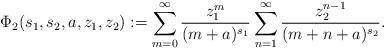
LaTeX: \begin{align*}\Phi_2(s_1,s_2,a,z_1,z_2) := \sum_{m=0}^\infty \frac{z_1^m}{(m+a)^{s_1}} \sum_{n=1}^\infty \frac{z_2^{n-1}}{(m+n+a)^{s_2}}.\end{align*}